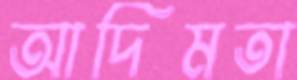
আদিমতা